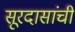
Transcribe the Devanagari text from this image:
सूरदासांची